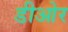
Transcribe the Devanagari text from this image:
डीओर